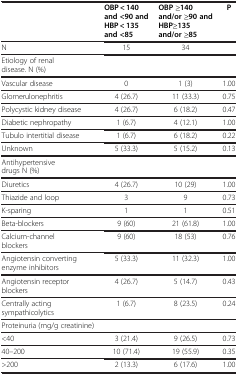
<table><thead><tr><td><b> </b></td><td><b>OBP &lt; 140 and &lt;90 and HBP &lt; 135 and &lt;85</b></td><td><b>OBP ≥140 and/or ≥90 and HBP≥135 and/or ≥85</b></td><td><b>P</b></td></tr></thead><tbody><tr><td>N</td><td>15</td><td>34</td><td> </td></tr><tr><td>Etiology of renal disease. N (%)</td><td> </td><td> </td><td> </td></tr><tr><td>Vascular disease</td><td>0</td><td>1 (3)</td><td>1.00</td></tr><tr><td>Glomerulonephritis</td><td>4 (26.7)</td><td>11 (33.3)</td><td>0.75</td></tr><tr><td>Polycystic kidney disease</td><td>4 (26.7)</td><td>6 (18.2)</td><td>0.47</td></tr><tr><td>Diabetic nephropathy</td><td>1 (6.7)</td><td>4 (12.1)</td><td>1.00</td></tr><tr><td>Tubulo intertitial disease</td><td>1 (6.7)</td><td>6 (18.2)</td><td>0.22</td></tr><tr><td>Unknown</td><td>5 (33.3)</td><td>5 (15.2)</td><td>0.13</td></tr><tr><td>Antihypertensive drugs N (%)</td><td> </td><td> </td><td> </td></tr><tr><td>Diuretics</td><td>4 (26.7)</td><td>10 (29)</td><td>1.00</td></tr><tr><td>Thiazide and loop</td><td>3</td><td>9</td><td>0.73</td></tr><tr><td>K-sparing</td><td>1</td><td>1</td><td>0.51</td></tr><tr><td>Beta-blockers</td><td>9 (60)</td><td>21 (61.8)</td><td>1.00</td></tr><tr><td>Calcium-channel blockers</td><td>9 (60)</td><td>18 (53)</td><td>0.76</td></tr><tr><td>Angiotensin converting enzyme inhibitors</td><td>5 (33.3)</td><td>11 (32.3)</td><td>1.00</td></tr><tr><td>Angiotensin receptor blockers</td><td>4 (26.7)</td><td>5 (14.7)</td><td>0.43</td></tr><tr><td>Centrally acting sympathicolytics</td><td>1 (6.7)</td><td>8 (23.5)</td><td>0.24</td></tr><tr><td>Proteinuria (mg/g creatinine)</td><td> </td><td> </td><td> </td></tr><tr><td>&lt;40</td><td>3 (21.4)</td><td>9 (26.5)</td><td>0.73</td></tr><tr><td>40–200</td><td>10 (71.4)</td><td>19 (55.9)</td><td>0.35</td></tr><tr><td>&gt;200</td><td>2 (13.3)</td><td>6 (17.6)</td><td>1.00</td></tr></tbody></table>